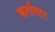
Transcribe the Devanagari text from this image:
कर्ताधार